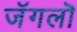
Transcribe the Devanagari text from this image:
जॅगलॊ